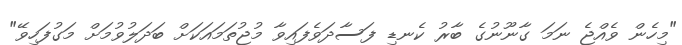
"މިހެން ވެއްޖެ ނަމަ ގާނޫނުގެ ބާރު ކެނޑި ފަސާދަވެފައިވާ މުޖުތަމައަކަށް ބަދަލުވުމަށް މަގުފަހިވޭ"